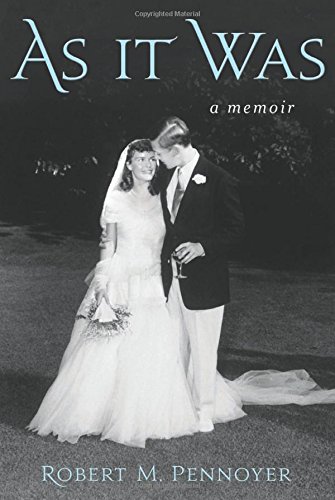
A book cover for As It Was: A Memoir; Robert M. Pennoyer; Law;